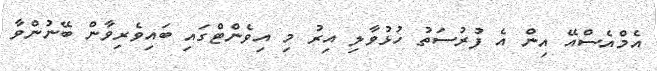
އެމްއެސްއޭ އިން އެ ފުރުސަތު ހުޅުވާލި އިރު މި އިވެންޓްގައި ބައިވެރިވާން ބޭނުންވާ